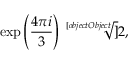
\exp \left( { \frac { 4 \pi i } { 3 } } \right) { \sqrt [ [object Object] ] { 2 } } ,